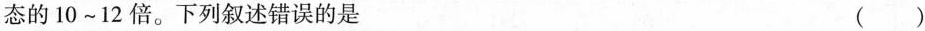
态的10~12倍。下列叙述错误的是 ( )